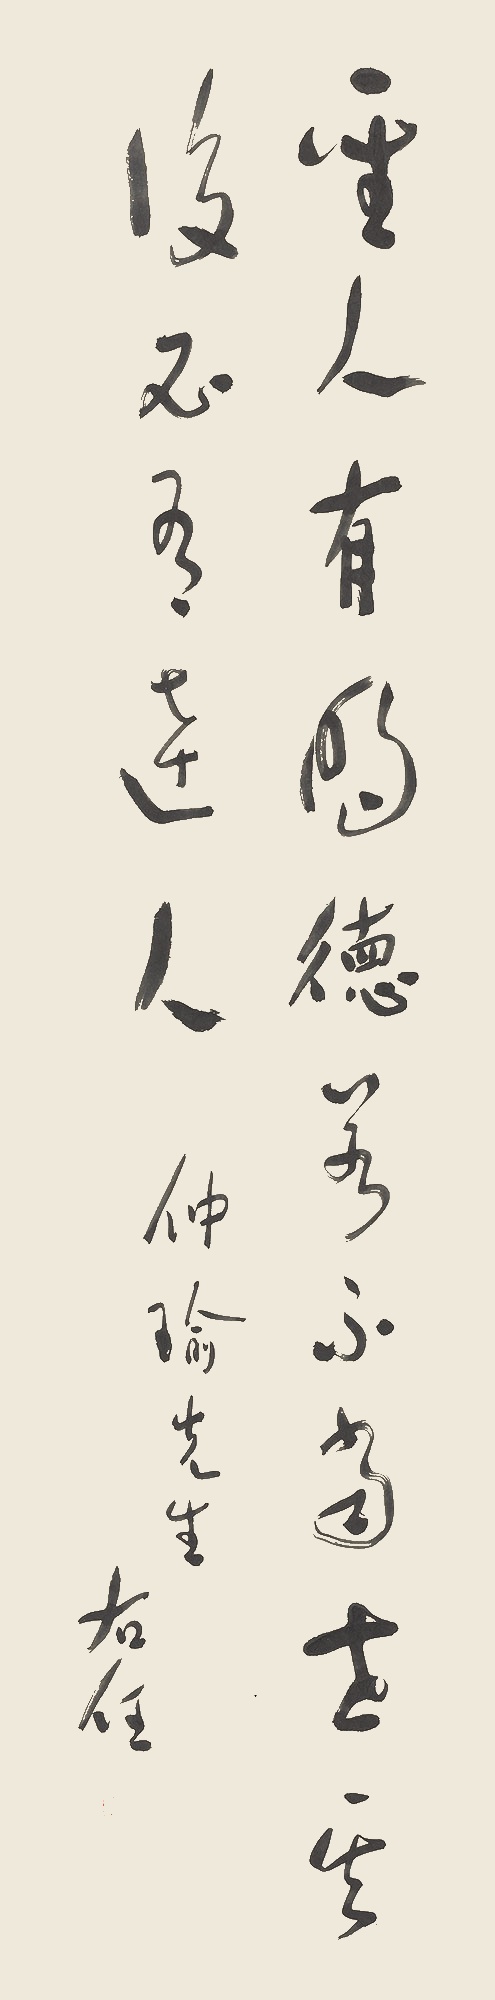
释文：圣人有明德，若不当世，其后必有达人。仲瑜先生。右任。